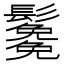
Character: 𩯯